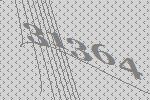
31364